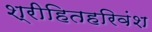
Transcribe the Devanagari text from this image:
श्रीहितहरिवंश